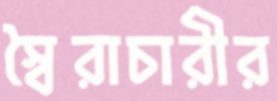
স্বৈরাচারীর